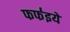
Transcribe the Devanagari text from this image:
फफ॑इये